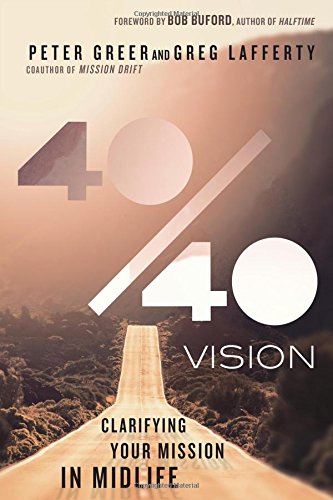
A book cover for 40/40 Vision: Clarifying Your Mission in Midlife; Peter Greer; Self-Help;